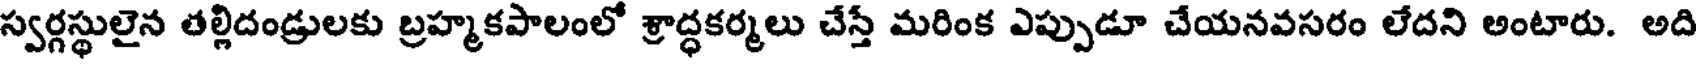
స్వర్గస్థులైన తల్లిదండ్రులకు బ్రహ్మకపాలంలో శ్రాద్ధకర్మలు చేస్తే మరింక ఎప్పుడూ చేయనవసరం లేదని అంటారు. అది